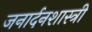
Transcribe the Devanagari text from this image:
जनार्दनशास्त्री